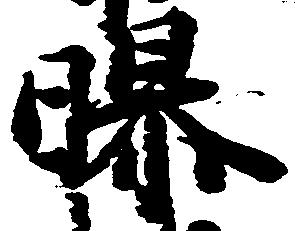
曝